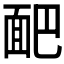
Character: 𩈆